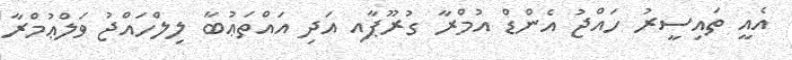
އެއީ ތައިސީރު ހައްޖު އެންޑް އުމްރާ ގުރޫޕާއި އަދި އައްތަޢުބާ ލިލްހައްޖު ވަލްޢުމްރާ